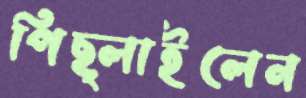
পিছ্‌লাইলেন